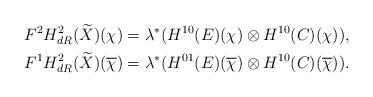
LaTeX: \begin{align*}& F^2H_{dR}^2(\widetilde{X})(\chi)=\lambda^*(H^{10}(E)(\chi)\otimes H^{10}(C)(\chi)),\\& F^1H_{dR}^2(\widetilde{X})(\overline{\chi})=\lambda^*(H^{01}(E)(\overline{\chi})\otimes H^{10}(C)(\overline{\chi})). \end{align*}